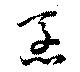
烹